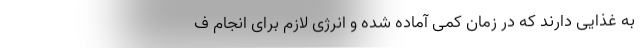
به غذایی دارند که در زمان کمی آماده شده و انرژی لازم برای انجام ف